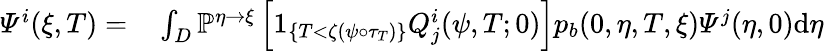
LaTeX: \begin{array}{rl}{\varPsi^{i}(\xi,T)=}&{{}\int_{D}\mathbb{P}^{\eta\rightarrow\xi}\left[1_{\{ T<\zeta(\psi\circ\tau_{T})\} }Q_{j}^{i}(\psi,T;0)\right]p_{b}(0,\eta,T,\xi)\varPsi^{j}(\eta,0)\mathrm{d}\eta}\end{array}